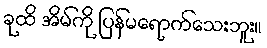
ခုထိ အိမ်ကို ပြန်မရောက်သေးဘူး။